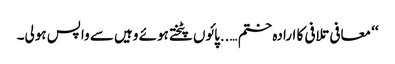
‘‘ معافی تلافی کا ارادہ ختم …..پائوں پٹختے ہوئے وہیں سے واپس ہولی۔